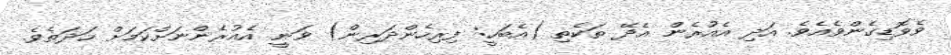
ވެވޮޑިގެންވެއެވެ. އަދި އެއުރެން އެދޭ ތަކެތި (އެބަހީ: ފިރިހެންދަރިން) ވަނީ އެއުރެންނަށްކަމަށް ހަދަތެވެ.